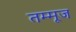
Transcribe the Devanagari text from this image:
तम्मूज